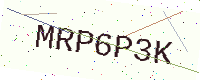
Text: MRP6P3K